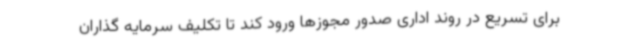
برای تسریع در روند اداری صدور مجوزها ورود کند تا تکلیف سرمایه گذاران